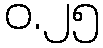
ဝ.၂၅